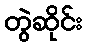
တွဲဆိုင်း